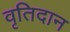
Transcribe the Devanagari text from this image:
वृतिदान